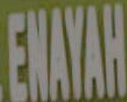
ENAYAH